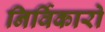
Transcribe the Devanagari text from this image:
निर्विकारो